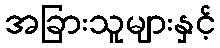
အခြားသူများနှင့်